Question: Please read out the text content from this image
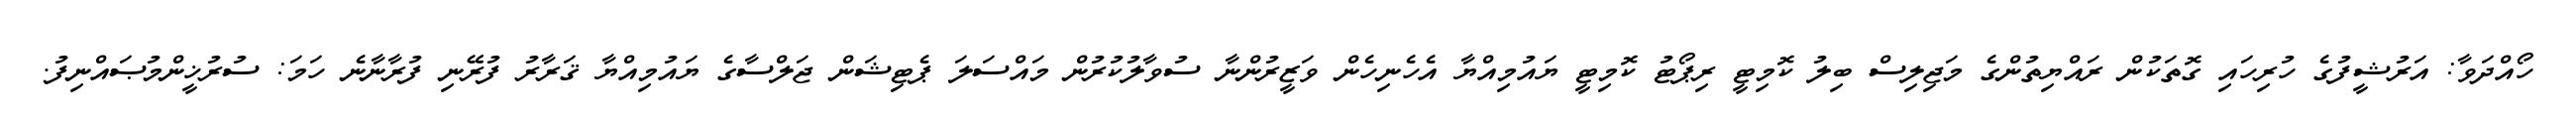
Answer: ހޯއްދަވާ: އަރުޝީފުގެ ހުރިހައި ގޮތަކުން ރައްޔިތުންގެ މަޖިލިސް ބިލު ކޮމިޓީ ރިޕޯޓު ކޮމިޓީ ޔައުމިއްޔާ އެހެނިހެން ވަޒީރުންނާ ސުވާލުކުރުން މައްސަލަ ޕެޓިޝަން ޖަލްސާގެ ޔައުމިއްޔާ ޤަރާރު ފުރޭނި ފުރާނާނެ ހަމަ: ސުރުޚީންމުޞައްނިފު.